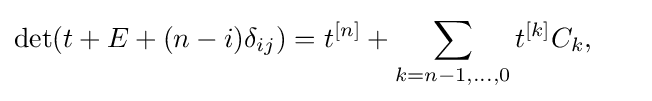
\det(t+E+(n-i)\delta _{ij})=t^{[n]}+\sum _{k=n-1,\dots ,0}t^{[k]}C_{k},~~~~~